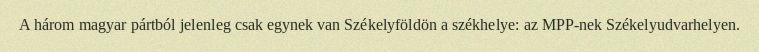
A három magyar pártból jelenleg csak egynek van Székelyföldön a székhelye: az MPP-nek Székelyudvarhelyen.